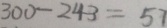
3 0 0 - 2 4 3 = 5 7